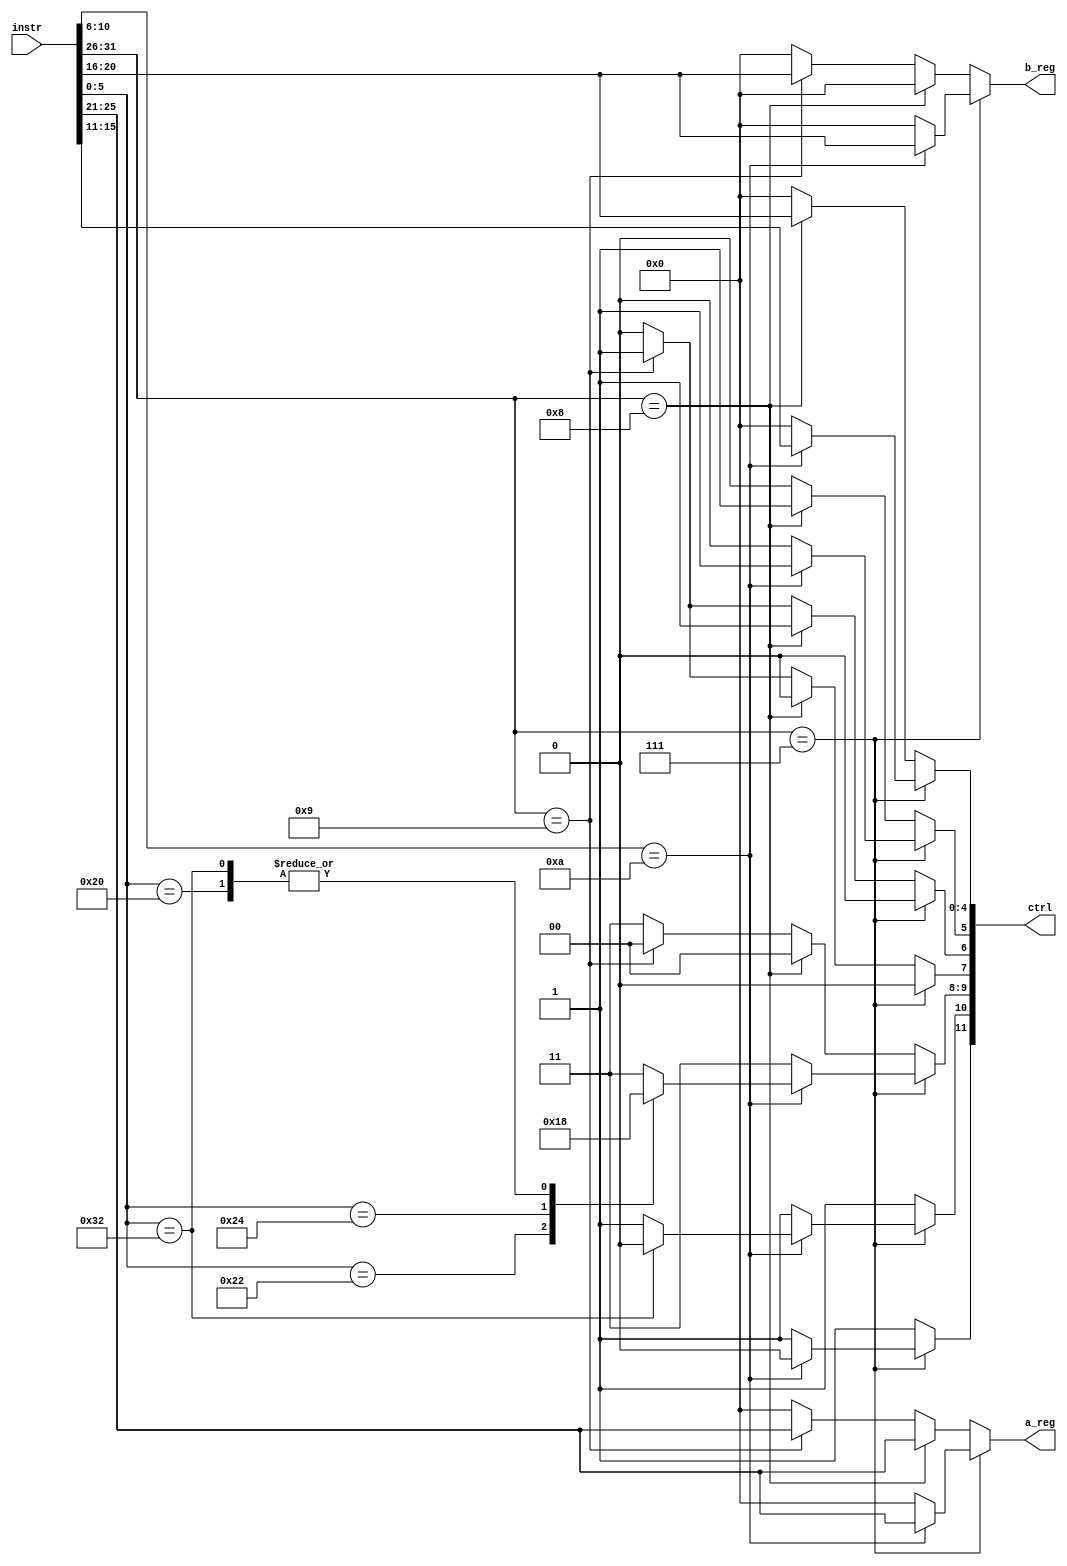
module control(input [31:0] instr,output reg [4:0] a_reg, b_reg,output [11:0] ctrl
);
reg c_sel; 
reg d_sel;
reg [1:0] op_sel; 
reg rd_wr;
reg wb_sel;
reg write_back_en; 
reg [4:0] write_back_reg; 
assign ctrl = { c_sel, d_sel, op_sel, rd_wr, wb_sel, write_back_en, write_back_reg };

integer grupo = 7; //ADICIONAR GRUPO CORRETO

always @(instr[31:26], instr[25:21], instr[20:16], instr[15:11], instr[10:6], instr[5:0]) 
begin
	a_reg = 0;
	b_reg = 0;
	c_sel = 1;
	d_sel = 1;
	op_sel = 3;
	rd_wr = 0;
	wb_sel = 0;
	write_back_en = 0;
	write_back_reg = 0;
	case (instr[31:26]) 
		// Formato R
		grupo: begin
			if (instr[10:6] == 10)
			 begin
				a_reg = instr[25:21];
				b_reg = instr[20:16];
				c_sel = 0;
				rd_wr = 0;
				wb_sel = 0;
				write_back_en = 1;
				write_back_reg = instr[15:11];
				case (instr[5:0])
					// ADD
					32: begin
						d_sel = 1; op_sel = 0;
					end
					// SUB
					34: begin
						d_sel = 1; op_sel = 1;
					end
					// AND
					36: begin
						d_sel = 1; op_sel = 2;
					end
					// OR
					37: begin
						d_sel = 1; op_sel = 3;
					end
					// MULT
					50: begin
						d_sel = 0; op_sel = 0;
					end
					default: ;
				endcase
			end
		end
		// LW
		(grupo+1): begin
			a_reg = instr[25:21];
			b_reg = 0;
			c_sel = 1;
			op_sel = 0;
			d_sel = 1;
			rd_wr = 0;
			wb_sel = 1;
			write_back_en = 1;
			write_back_reg = instr[20:16];
		end
		// SW
		(grupo+2): begin
			a_reg = instr[25:21];
			b_reg = instr[20:16];
			c_sel = 1; op_sel = 0;
			d_sel = 1;
			rd_wr = 1; wb_sel = 1;
			write_back_en = 0;
			write_back_reg = 0;
		end
		default: ;
	endcase
end


endmodule